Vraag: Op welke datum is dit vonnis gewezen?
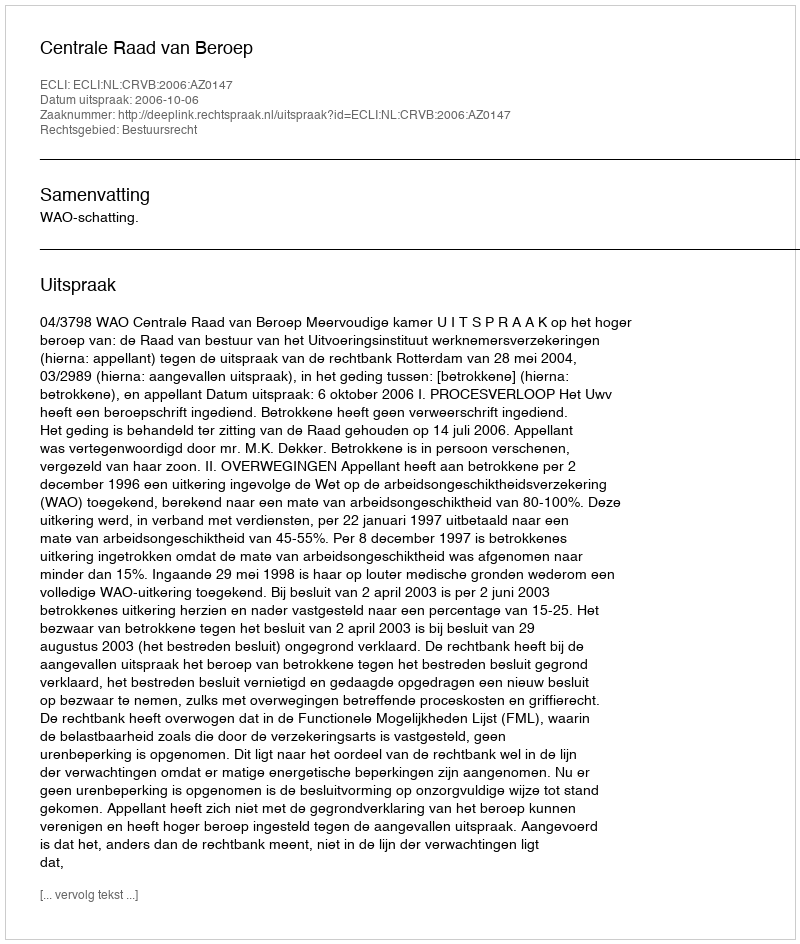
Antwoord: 2006-10-06